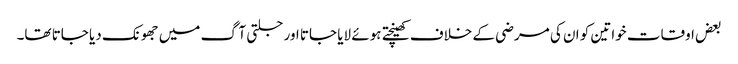
بعض اوقات خواتین کو ان کی مرضی کے خلاف کھینچتے ہوئے لایا جاتا اور جلتی آگ میں جھونک دیا جاتا تھا۔